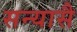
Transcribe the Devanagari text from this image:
सन्यासै